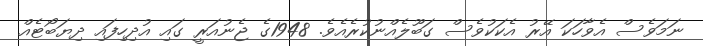
ނަމަވެސް އެވާހަކަ އޭރު އެކަކުވެސް ގަބޫލެއްނުކުރެއެވެ. 1948ގެ ޖެނުއަރީ ގައި އުދިހިފައި ދިޔަބޯޓެއް